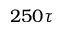
2 5 0 \tau